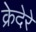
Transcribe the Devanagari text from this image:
क्रेदेरे